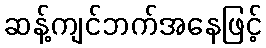
ဆန့်ကျင်ဘက်အနေဖြင့်